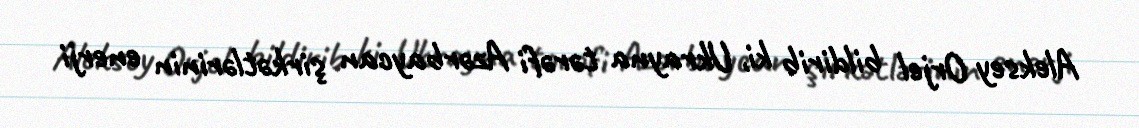
Aleksey Orjel bildirib ki, Ukrayna tərəfi Azərbaycan şirkətlərinin enerji